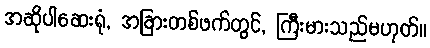
အဆိုပါဆေးရုံ, အခြားတစ်ဖက်တွင်, ကြီးမားသည်မဟုတ်။